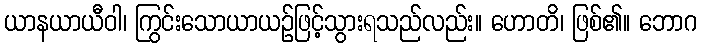
ယာနယာယီဝါ၊ ကြွင်းသောယာယဉ်ဖြင့်သွားရသည်လည်း။ ဟောတိ၊ ဖြစ်၏။ ဘောဂ